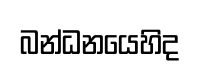
බන්ධනයෙහිද